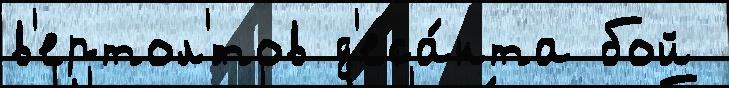
в'ертол'́тов д'еса́нта бой